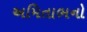
અમિતાભનો